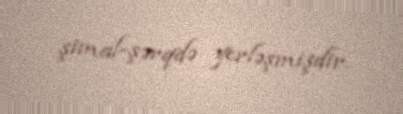
şimal-şərqdə yerləşmişdir.